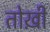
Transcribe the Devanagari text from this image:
तोख़ी